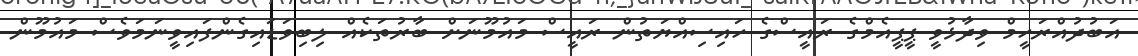
އަބުދުއްރަހީމް ވިދާޅުވީ ޕީޕީއެމްގެ ރައީސްގެ ހައިސިއްޔަތުން ރައީސް މައުމޫނަށް ބާރުތަކެއް ލިބިވަޑައިގެންފައިވީނަަމަވެސް މައުމޫން